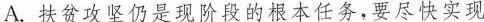
A.扶贫攻坚仍是现阶段的根本任务，要尽快实现